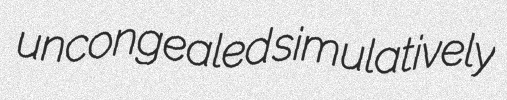
uncongealed simulatively